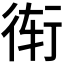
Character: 𲀝